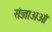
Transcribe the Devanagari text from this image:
संज्ञाअओं